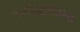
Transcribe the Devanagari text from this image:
पंचसिद्धांतिकेत